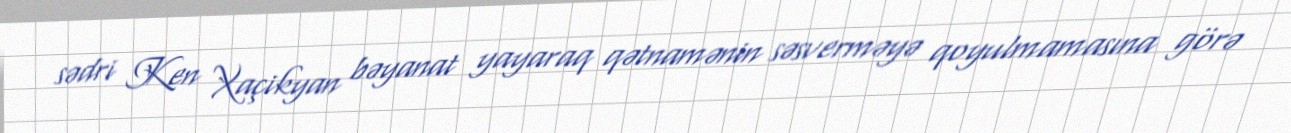
sədri Ken Xaçikyan bəyanat yayaraq qətnamənin səsverməyə qoyulmamasına görə